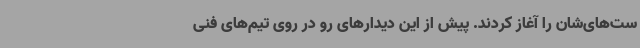
ست‌های‌شان را آغاز کردند. پیش از این دیدارهای رو در روی تیم‌های فنی